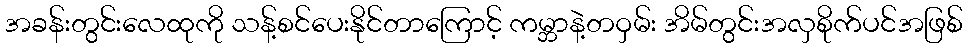
အခန်းတွင်းလေထုကို သန့်စင်ပေးနိုင်တာကြောင့် ကမ္ဘာနဲ့တဝှမ်း အိမ်တွင်းအလှစိုက်ပင်အဖြစ်